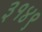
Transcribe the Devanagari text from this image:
३१४९